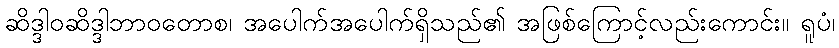
ဆိဒ္ဒါဝဆိဒ္ဒါဘာဝတောစ၊ အပေါက်အပေါက်ရှိသည်၏ အဖြစ်ကြောင့်လည်းကောင်း။ ရူပံ၊